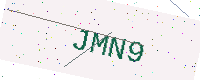
Text: JMN9